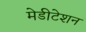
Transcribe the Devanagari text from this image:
मेडीटेशन